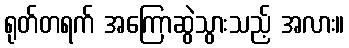
ရုတ်တရက် အကြောဆွဲသွားသည့် အလား။